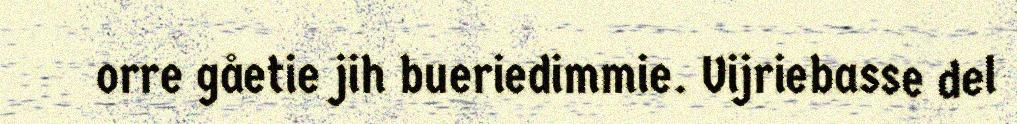
orre gåetie jih bueriedimmie. Vijriebasse del